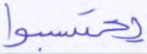
يحتسبوا